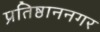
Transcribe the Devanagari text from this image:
प्रतिष्ठाननगर